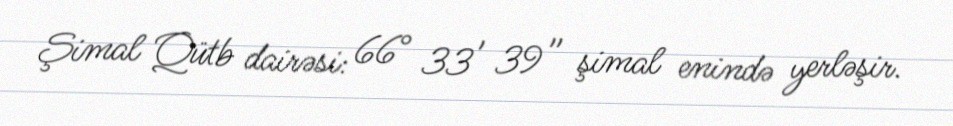
Şimal Qütb dairəsi: 66° 33′ 39″ şimal enində yerləşir.